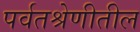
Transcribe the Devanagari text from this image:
पर्वतश्रेणीतील